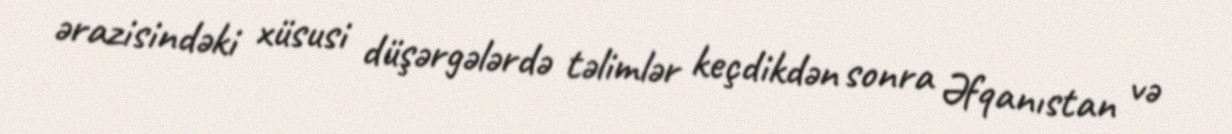
ərazisindəki xüsusi düşərgələrdə təlimlər keçdikdən sonra Əfqanıstan və